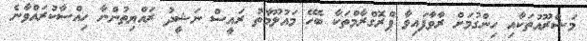
މަޝްރޫއުތަކާއި ހިންގުމަށް ރާވާފައިވާ ޕްރޮގްރާމްތަކާ ބެހޭ މައުލޫމާތު ރައީސް ނަޝީދު ރައްޔިތުންނާ ހިއްސާކުރައްވާނެ